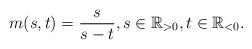
LaTeX: \begin{align*} m(s,t) = \frac{s}{s-t}, s \in \mathbb{R}_{>0}, t \in \mathbb{R}_{<0}.\end{align*}